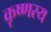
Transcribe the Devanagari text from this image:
कृष्णस्य